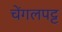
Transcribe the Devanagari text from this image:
चेंगलपट्ट